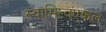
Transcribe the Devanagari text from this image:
स्वामित्वएकल